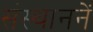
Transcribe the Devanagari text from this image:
संस्थाननें